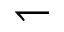
\leftharpoondown